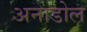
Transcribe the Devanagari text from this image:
अनाडोल